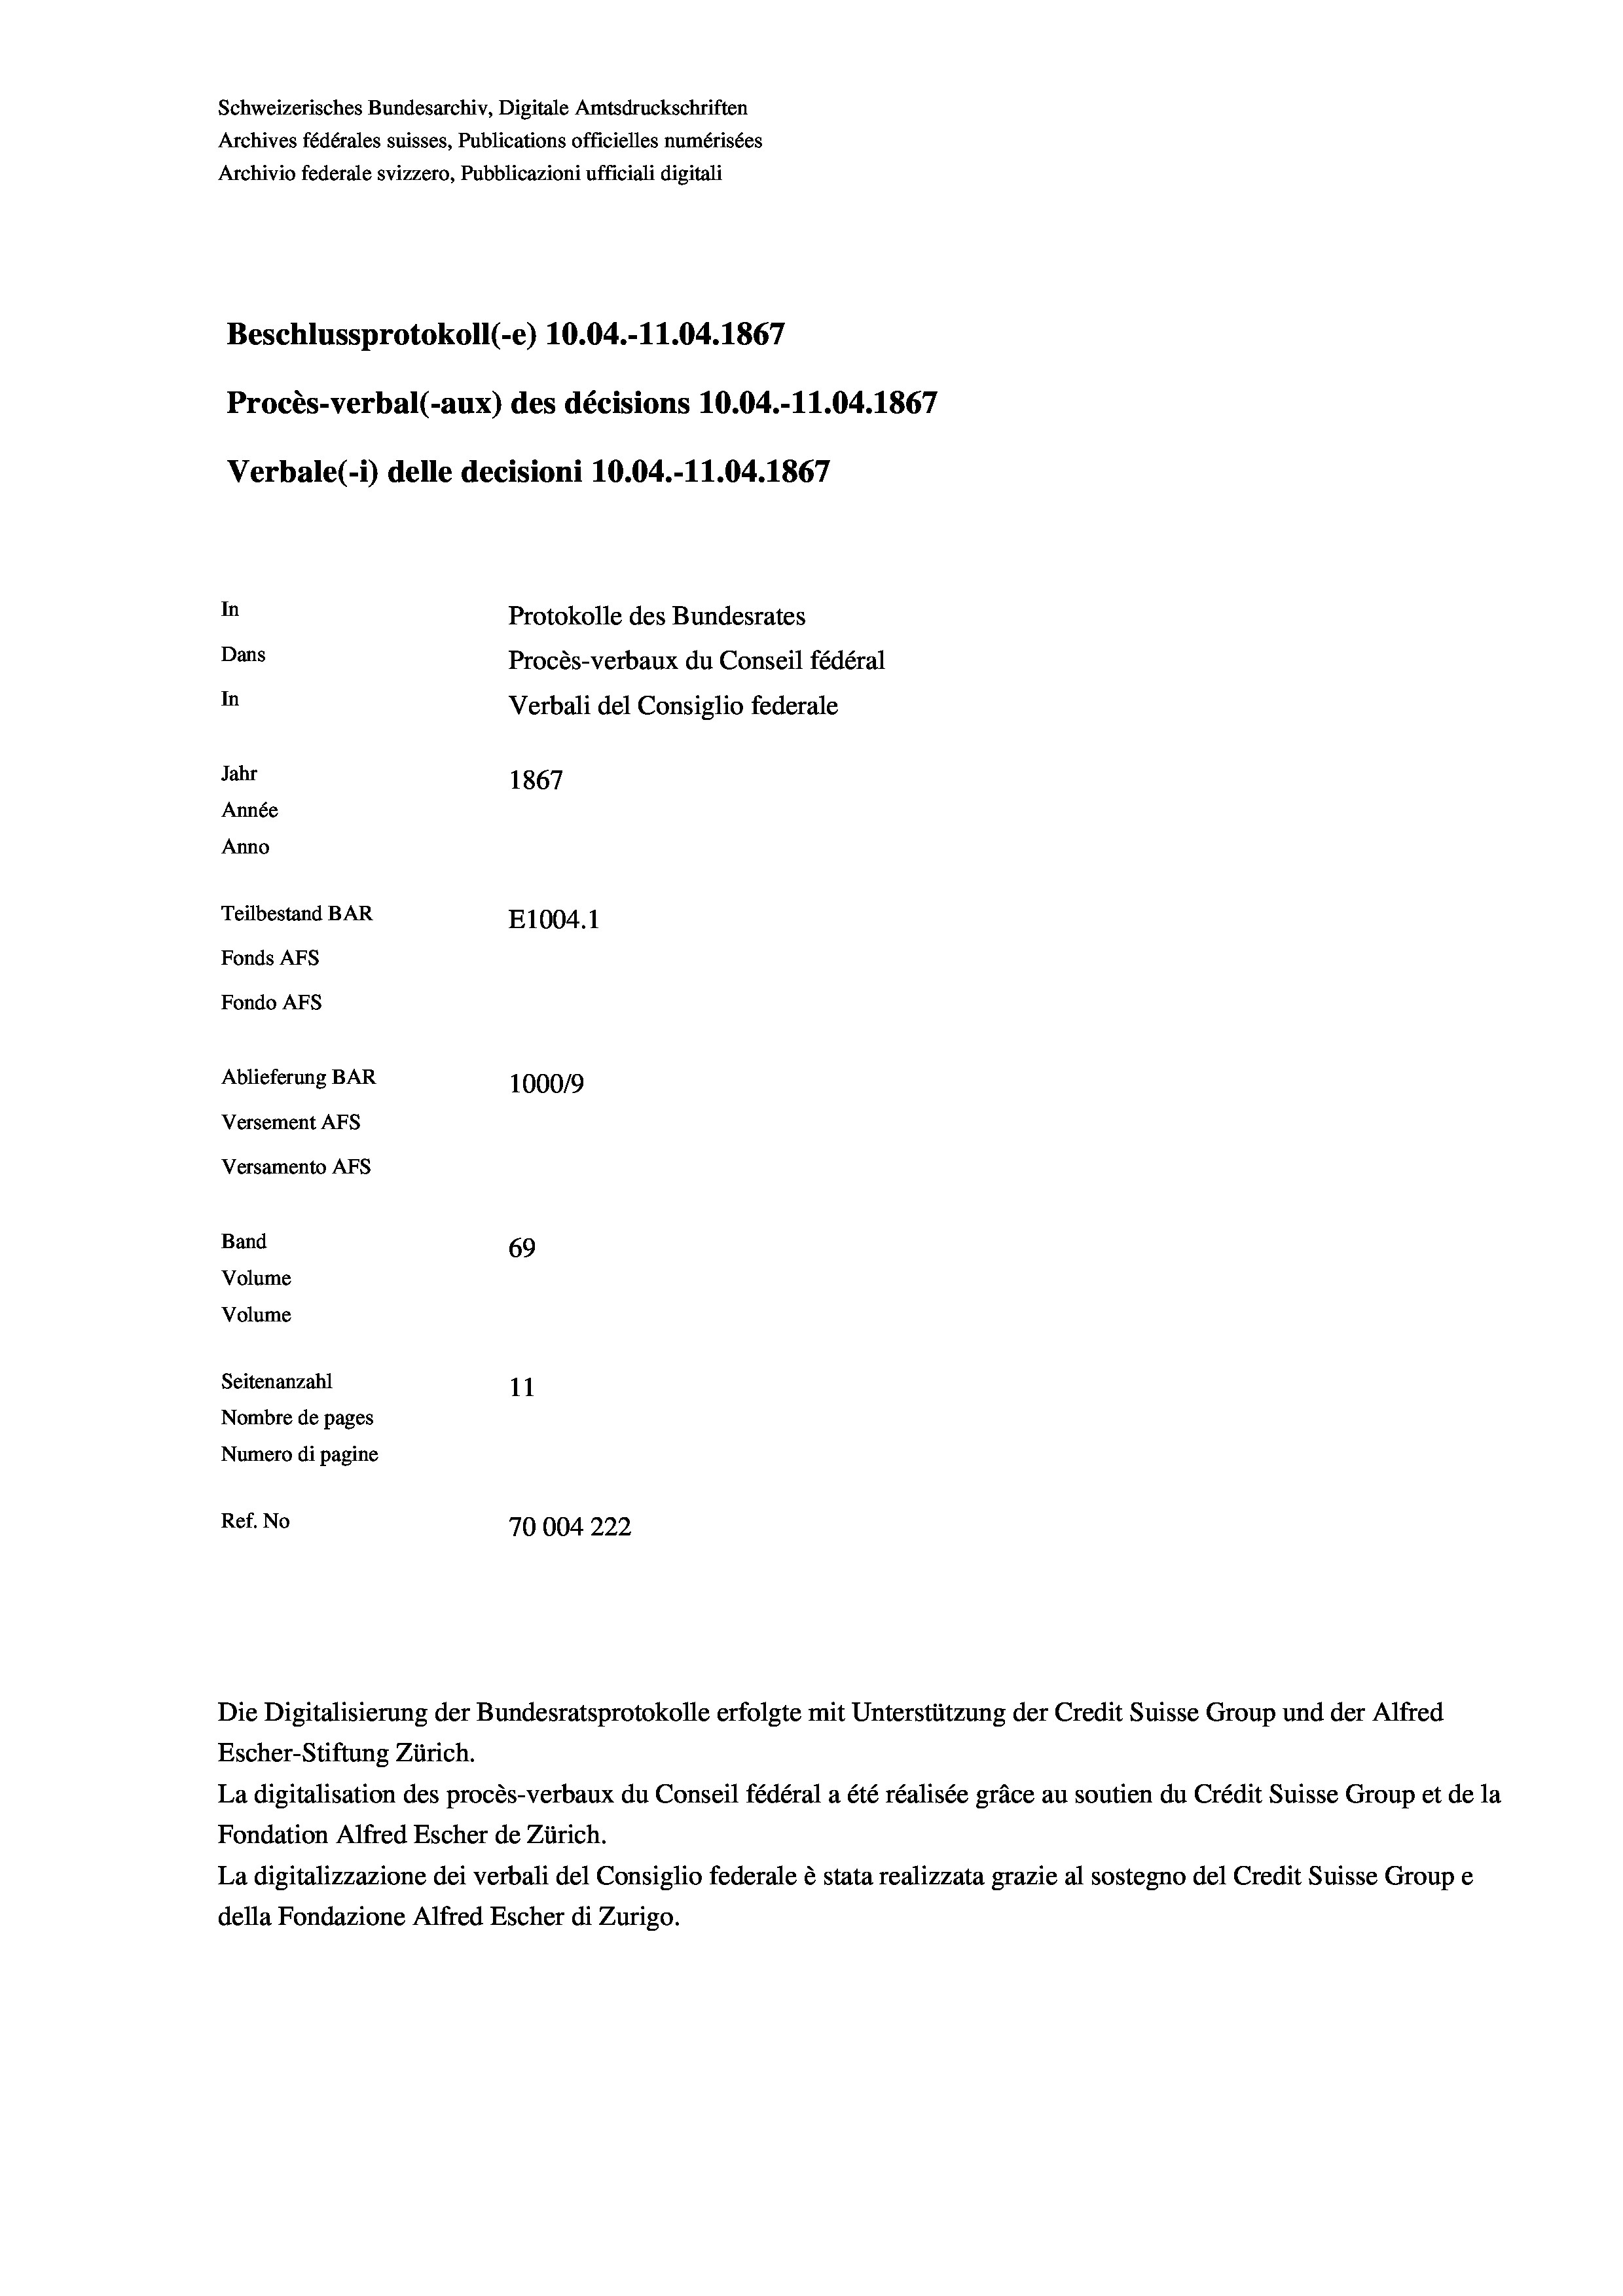
Schweizerisches Bundesarchiv, Digitale Amtsdruckschriften
Archives fédérales suisses, Publications officielles numérisées
Archivio federale svizzero, Pubblicazioni ufficiali digitali
Beschlussprotokoll (-e) 10.04.-11.04. 1867
Procès-verbal (-aux) des décisions 10.04.-11.04. 1867
Verbale (i) delle decisioni 10.04.-11.04. 1867
In
Protokolle des Bundesrates
Dans
Procès-verbaux du Conseil fédéral
In
Verbali del Consiglio federale
Jahr
1867
Année
Anno
Teilbestand BAR
E1004. 1
Fonds AFs
Fondo Afs
Ablieferung BAR
100019
Versement AFs
Versamento Afs
Band
69
Volume
Volume

Seitenanzahl
11
Nombre de pages
Numero di pagine
Ref. No
70004222

Escher-Stiftung Zürich.
La digitalisation des procès-verbaux du Conseil fédéral a été réalisée gräce au soutien du Crédit Suisse Group et de la
Fondation Alfred Escher de Zürich.
La digitalizzazione dei verbali del Consiglio federale è stata realizzata grazie al sostegno del Credit Suisse Groupe
della Fondazione Alfred Escher di Zurigo.

Die Digitalisierung der Bundesratsprotokolle erfolgte mit Unterstützung der Credit Suisse Group und der Alfred